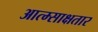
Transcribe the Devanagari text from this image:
आत्म्साक्षतार